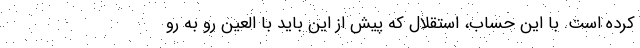
کرده است. با این حساب، استقلال که پیش از این باید با العین رو به رو